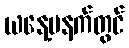
ယနေ့မနက်တွင်